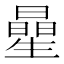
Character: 曐